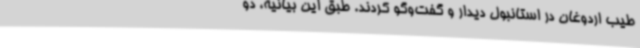
طیب اردوغان در استانبول دیدار و گفت‌وگو کردند. طبق این بیانیه، دو